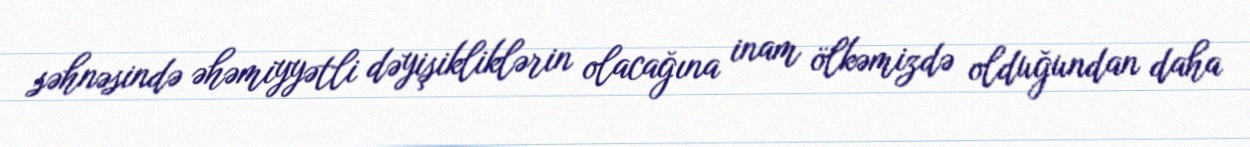
səhnəsində əhəmiyyətli dəyişikliklərin olacağına inam ölkəmizdə olduğundan daha